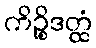
ကိဉ္စိဒတ္ထံ